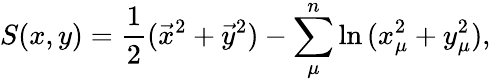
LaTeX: S(x,y)={\frac{1}{2}}(\vec{x}^{2}+\vec{y}^{2})-\sum_{\mu}^{n}\ln{(x_{\mu}^{2}+y_{\mu}^{2})},